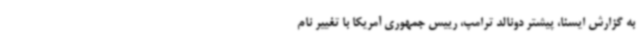
به گزارش ایسنا، پیشتر دونالد ترامپ، رییس جمهوری آمریکا با تغییر نام